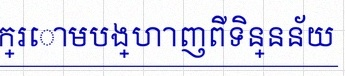
តារាងខាងក្រោមបង្ហាញពីទិន្នន័យ